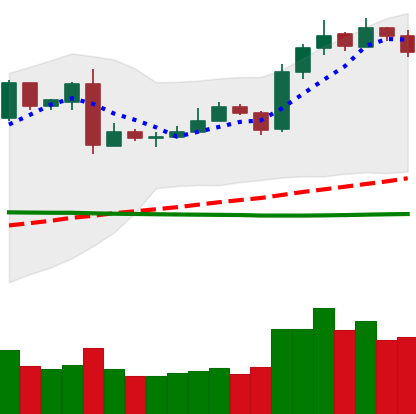
Ticker: LTC-USD
Chart end date: 2019-03-11
Forward return: 11.592%
Label: up_7plus